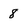
Character: 8